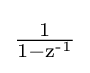
{\tfrac {1}{1-{\text{z}}^{\text{-1}}}}